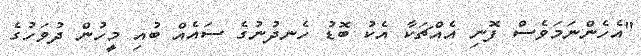
"އެހެންނަމަވެސް ފޮނި އެއްޗަކާ އެކު ބޮޑު ހެނދުނުގެ ސައެއް ބުއި މީހުން ދުވަހުގެ